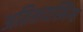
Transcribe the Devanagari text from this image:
अतिशयस्निग्ध